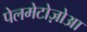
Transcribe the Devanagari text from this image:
पेलमेटोज़ोआ